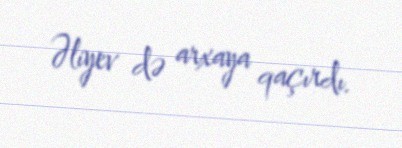
Əliyev də arxaya qaçırdı.